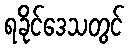
ရခိုင်ဒေသတွင်